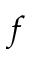
f